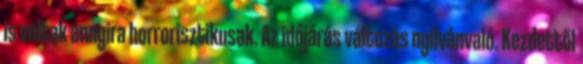
is voltak annyira horrorisztikusak. Az időjárás változás nyilvánvaló. Kezdettől